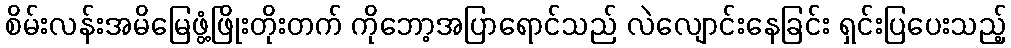
စိမ်းလန်းအမိမြေဖွံ့ဖြိုးတိုးတက် ကိုဘော့အပြာရောင်သည် လဲလျောင်းနေခြင်း ရှင်းပြပေးသည့်